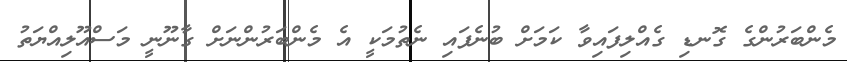
މެންބަރުންގެ ގޮނޑި ގެއްލިފައިވާ ކަމަށް ބުނެފައި ނެތުމަކީ އެ މެންބަރުންނަށް ގާނޫނީ މަަސްއޫލިއްޔަތު